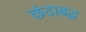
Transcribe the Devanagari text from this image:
छंदाबद्ध